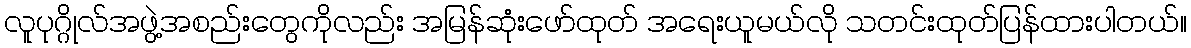
လူပုဂ္ဂိုလ်အဖွဲ့အစည်းတွေကိုလည်း အမြန်ဆုံးဖော်ထုတ် အရေးယူမယ်လို သတင်းထုတ်ပြန်ထားပါတယ်။